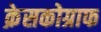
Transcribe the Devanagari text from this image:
क्रेसकोग्राफ